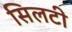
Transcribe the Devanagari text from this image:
सिलटी